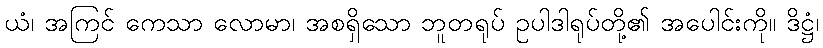
ယံ၊ အကြင် ကေသာ လောမာ၊ အစရှိသော ဘူတရုပ် ဥပါဒါရုပ်တို့၏ အပေါင်းကို။ ဒိဋ္ဌံ၊